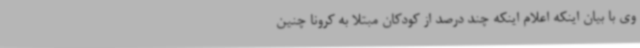
وی با بیان اینکه اعلام اینکه چند درصد از کودکان مبتلا به کرونا چنین